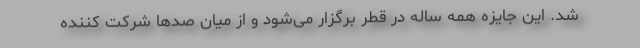
شد. این جایزه همه ساله در قطر برگزار می‌شود و از میان صدها شرکت کننده